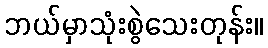
ဘယ်မှာသုံးစွဲသေးတုန်း။